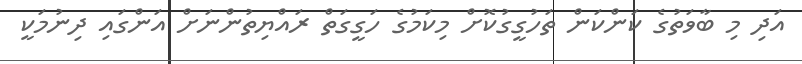
އަދި މި ބާވަތުގެ ކަންކަން ތަހުގީގުކޮށް މިކަމުގެ ހަގީގަތް ރައްޔިތުންނަށް އަންގައި ދިނުމަކީ